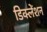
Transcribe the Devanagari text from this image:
डिक्लेंशन